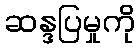
ဆန္ဒပြမှုကို